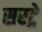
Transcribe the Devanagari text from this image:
सरट्रे